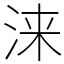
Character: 涞